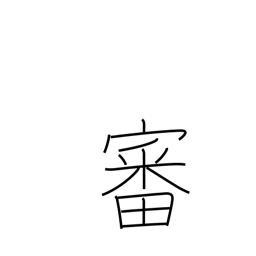
Meaning: trial